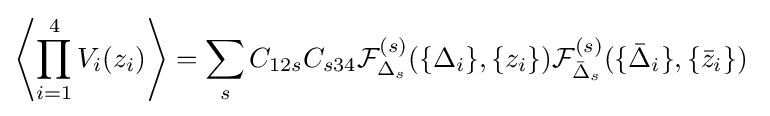
\left\langle \prod _{i=1}^{4}V_{i}(z_{i})\right\rangle =\sum _{s}C_{12s}C_{s34}{\mathcal {F}}_{\Delta _{s}}^{(s)}(\{\Delta _{i}\},\{z_{i}\}){\mathcal {F}}_{{\bar {\Delta }}_{s}}^{(s)}(\{{\bar {\Delta }}_{i}\},\{{\bar {z}}_{i}\})\